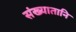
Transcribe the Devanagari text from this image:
संख्यातानि